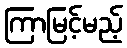
ကြာမြင့်မည့်